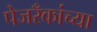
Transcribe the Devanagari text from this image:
पेजरँकांच्या